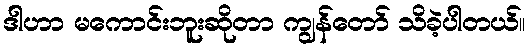
ဒါဟာ မကောင်းဘူးဆိုတာ ကျွန်တော် သိခဲ့ပါတယ်။